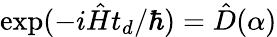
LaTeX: \exp(-i\hat{H}t_{d}/\hbar)=\hat{D}(\alpha)